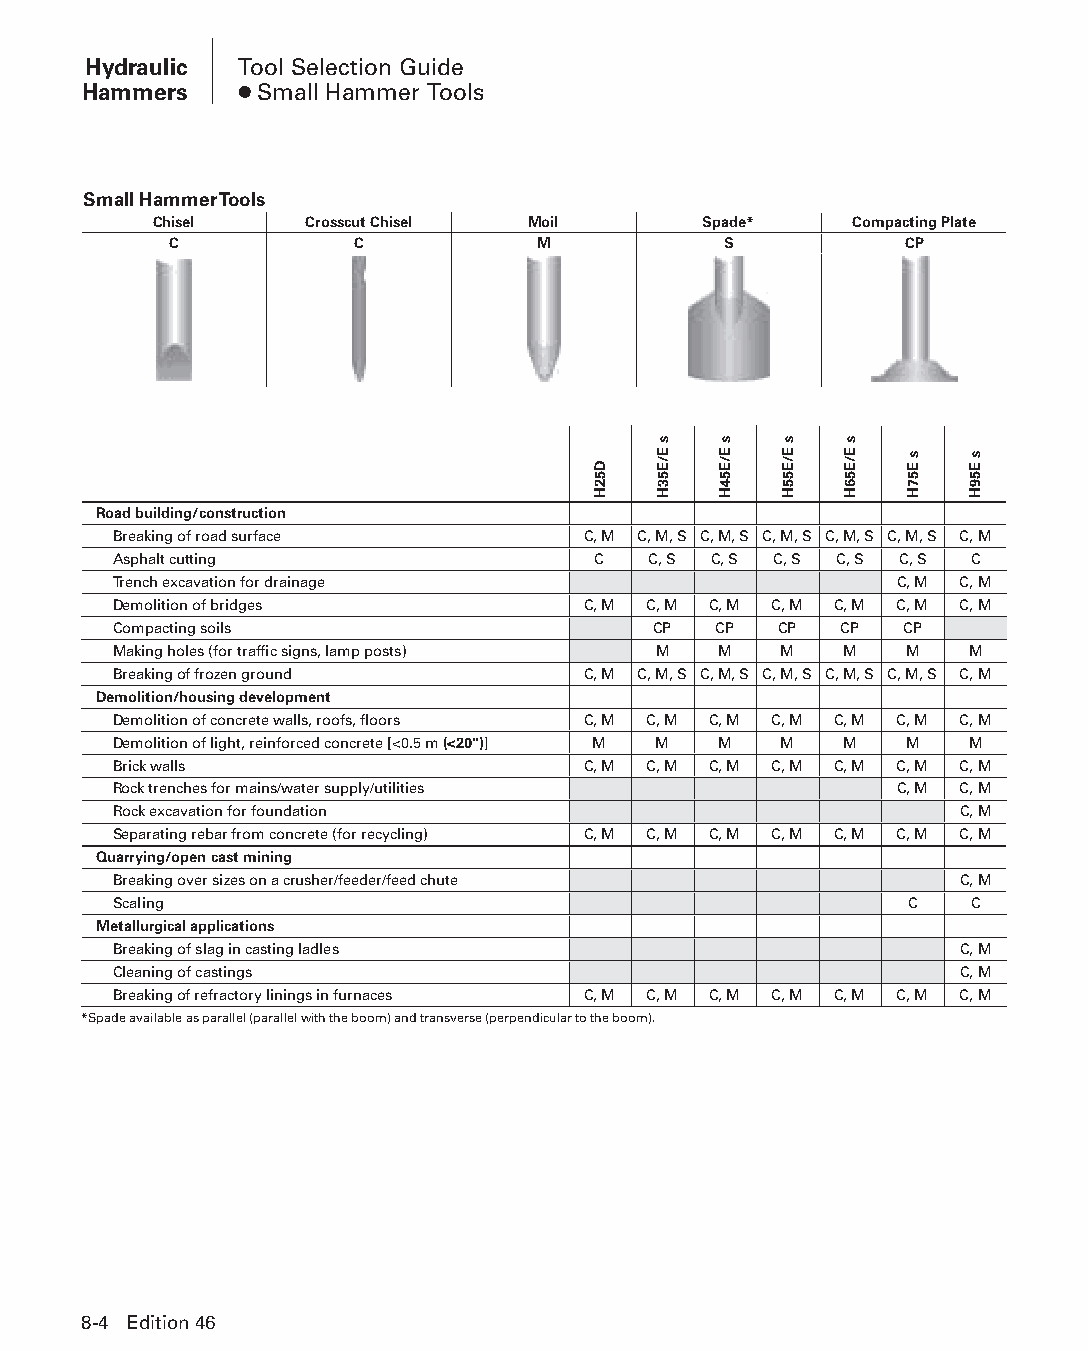
Hydraulic Tool Selection Guide
 Hammers   ● Small Hammer Tools
 Small Hammer Tools
 Chisel     Crosscut Chisel Moil      Spade*    Compacting Plate
 C           C           M           S           CP
 Road building/construction
 Breaking of road surface       C, M C, M, S C, M, S C, M, S C, M, S C, M, S C, M
 Asphalt cutting                 C  C, S C, S C, S C, S C, S C
 Trench excavation for drainage                      C, M C, M
 Demolition of bridges          C, M C, M C, M C, M C, M C, M C, M
 Compacting soils                    CP  CP  CP  CP  CP
 Making holes (for traffic signs, lamp posts) M M M M M  M
 Breaking of frozen ground      C, M C, M, S C, M, S C, M, S C, M, S C, M, S C, M
 Demolition/housing development
 Demolition of concrete walls, roofs, floors C, M C, M C, M C, M C, M C, M C, M
 Demolition of light, reinforced concrete [<0.5 m (<20")] M M M M M M M
 Brick walls                    C, M C, M C, M C, M C, M C, M C, M
 Rock trenches for mains/water supply/utilities      C, M C, M
 Rock excavation for foundation                          C, M
 Separating rebar from concrete (for recycling) C, M C, M C, M C, M C, M C, M C, M
 Quarrying/open cast mining
 Breaking over sizes on a crusher/feeder/feed chute      C, M
 Scaling                                             C    C
 Metallurgical applications
 Breaking of slag in casting ladles                      C, M
 Cleaning of castings                                    C, M
 Breaking of refractory linings in furnaces C, M C, M C, M C, M C, M C, M C, M
 *Spade available as parallel (parallel with the boom) and transverse (perpendicular to the boom).
 8-4 Edition 46
 PPHHBB--SSeecc0088--1166..iinndddd 44                          1122//44//1155 1100::4400 AAMM
 D52H
 s
 E/E53H
 s
 E/E54H
 s
 E/E55H
 s
 E/E56H s
 E57H
 s
 E59H